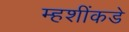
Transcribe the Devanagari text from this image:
म्हशींकडे